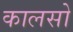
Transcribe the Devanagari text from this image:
कालसो